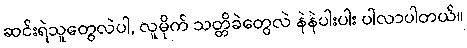
ဆင်းရဲသူတွေလဲပါ, လူမိုက် သတ္တိခဲတွေလဲ နဲနဲပါးပါး ပါလာပါတယ်။